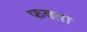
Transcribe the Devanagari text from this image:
फक्ता